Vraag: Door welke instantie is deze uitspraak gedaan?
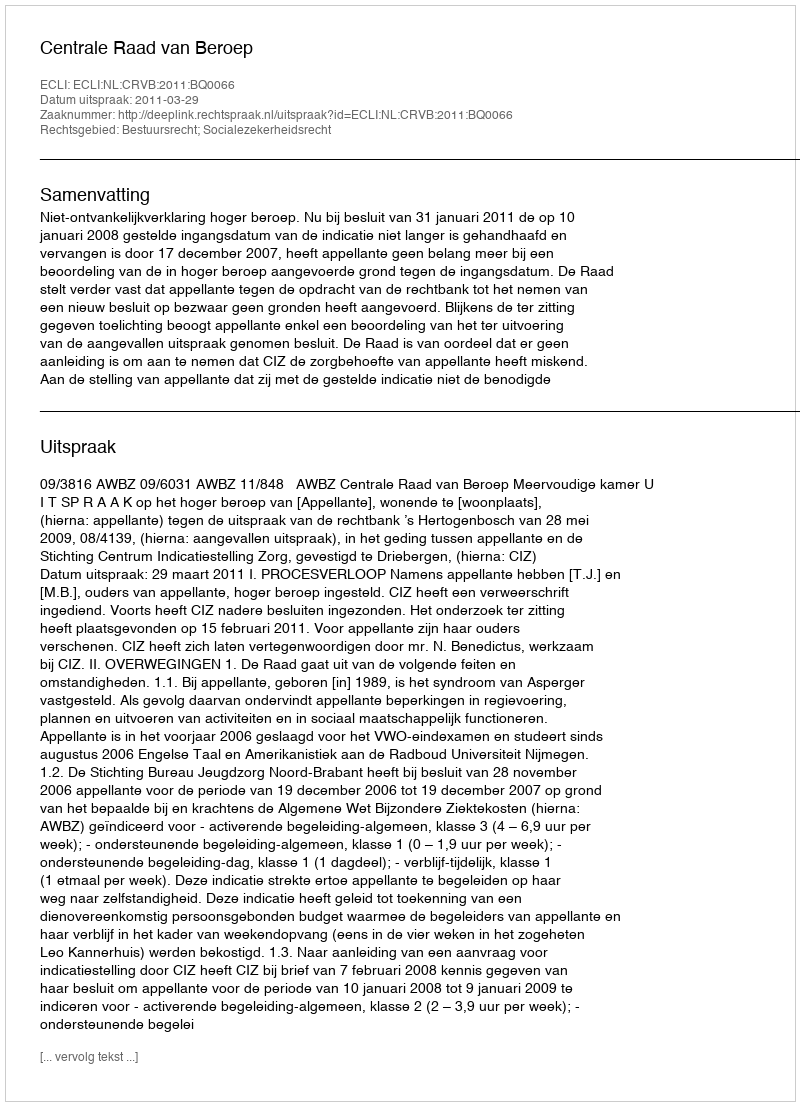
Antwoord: Centrale Raad van Beroep